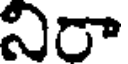
నిరా